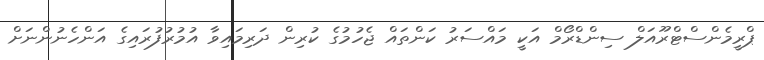
ޕްރީމެންސްޓްރޫއަލް ސިންޑްރޯމް އަކީ މައްސަރު ކަންތައް ޖެހުމުގެ ކުރިން ދަރިމައިވާ އުމުރުފުރައިގެ އަންހެނުންނަށް